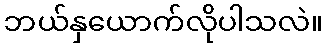
ဘယ်နှယောက်လိုပါသလဲ။